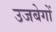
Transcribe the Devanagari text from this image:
उजबेगों